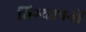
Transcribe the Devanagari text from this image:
विग्यापनों